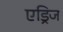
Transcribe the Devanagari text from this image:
एड्रिज